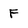
Character: f